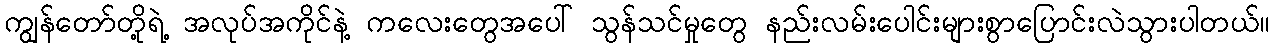
ကျွန်တော်တို့ရဲ့ အလုပ်အကိုင်နဲ့ ကလေးတွေအပေါ် သွန်သင်မှုတွေ နည်းလမ်းပေါင်းများစွာပြောင်းလဲသွားပါတယ်။